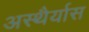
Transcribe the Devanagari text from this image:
अस्थैर्यास